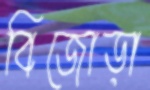
বিজোড়া